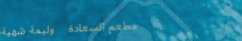
مطعم السعادة   وليمة شهية